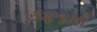
૩૨૧મો